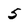
Character: 5